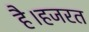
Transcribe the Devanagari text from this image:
है।हजरत